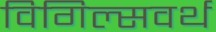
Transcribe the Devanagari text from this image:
विगिल्सवर्थ